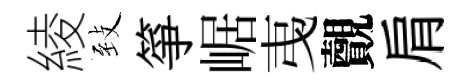
綾𦤺箏崌𢎯覿肩